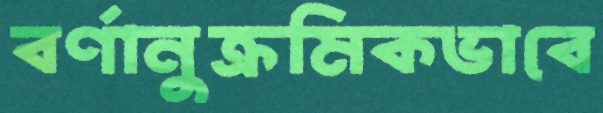
বর্ণানুক্রমিকভাবে